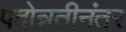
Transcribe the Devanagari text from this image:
पदोन्नतीनंतर